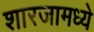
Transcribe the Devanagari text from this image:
शारजामध्ये